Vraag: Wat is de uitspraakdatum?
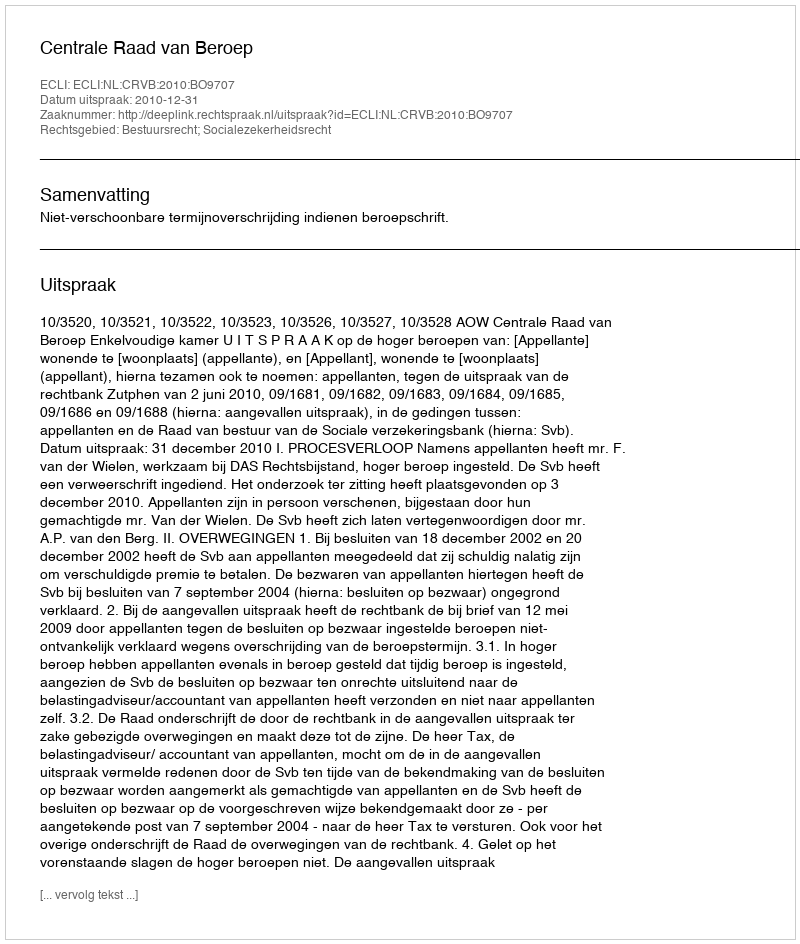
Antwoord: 2010-12-31